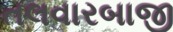
તલવારબાજી